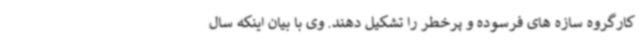
کارگروه سازه های فرسوده و پرخطر را تشکیل دهند. وی با بیان اینکه سال